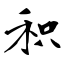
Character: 积